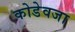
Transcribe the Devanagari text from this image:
कोडेवजा